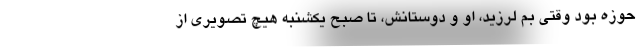
حوزه بود وقتي بم لرزيد، او و دوستانش، تا صبح يكشنبه هيچ تصويري از